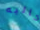
كاليه